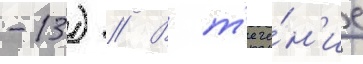
-13) // В т'ече́н'ие